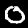
Label: 0